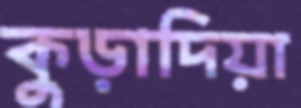
কুড়াদিয়া